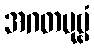
အဂတပုဗ္ဗံ